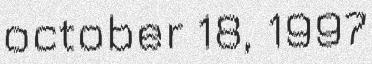
october 18, 1997